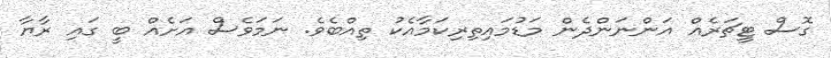
ގޮސް ޓީޗަރެއް އަންނަންދެން މަޑުމައިތިރިކަމާއެކު ތިއްބެވެ. ނަމަވެސް އަށެއް ބީ ގައި ރާޔާ